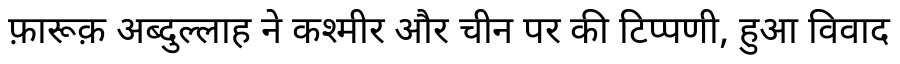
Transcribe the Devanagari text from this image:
फ़ारूक़ अब्दुल्लाह ने कश्मीर और चीन पर की टिप्पणी, हुआ विवाद